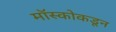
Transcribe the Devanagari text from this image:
मॉस्कोकडून